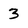
Character: 3